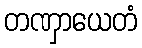
တဏှာယေတံ